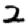
Digit: 2